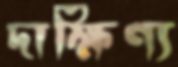
দাক্ষিণ্য